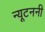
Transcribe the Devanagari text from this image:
न्यूटननी